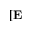
[ \mathbf { E }